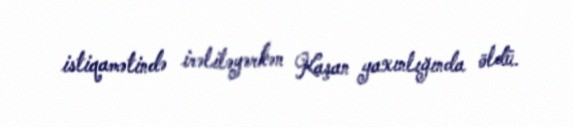
istiqamətində irəliləyərkən Kaşan yaxınlığında öldü.